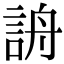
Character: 𧧔